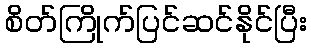
စိတ်ကြိုက်ပြင်ဆင်နိုင်ပြီး